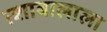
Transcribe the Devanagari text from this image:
त्शाबालाला